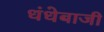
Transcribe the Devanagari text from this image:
धंधेबाजी